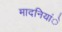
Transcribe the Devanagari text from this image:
मादनियांे